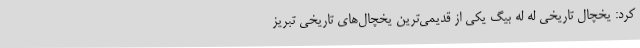
کرد: یخچال تاریخی له له بیگ یکی از قدیمی‌ترین یخچال‌های تاریخی تبریز